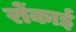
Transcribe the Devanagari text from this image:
रोंकाई